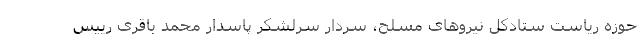
حوزه ریاست ستادکل نیروهای مسلح، سردار سرلشکر پاسدار محمد باقری رییس